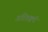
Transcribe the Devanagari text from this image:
अतिशक्वरी